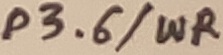
Text: P3.6/WR